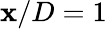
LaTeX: \mathbf{x}/D=1